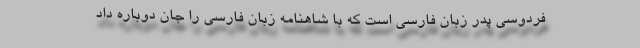
فردوسی پدر زبان فارسی است که با شاهنامه زبان فارسی را جان دوباره داد